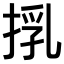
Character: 𢯚